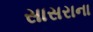
સાસરાના